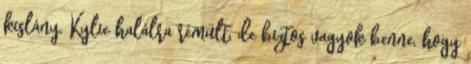
kislány, Kylie halálra rémült, de biztos vagyok benne, hogy